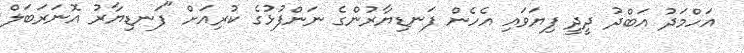
އަހްމަދު އަބްދު ދީދީ ފިޔަވައި އެހެން ފަނޑިޔާރުންގެ ނަންފުޅުގެ ކުރިއަށް "ފަނޑިޔާރު އޮނަރަބަލް